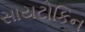
સાયટોકિન